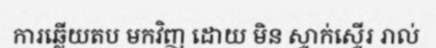
ការឆ្លើយតប មកវិញ ដោយ មិន ស្ទាក់ស្ទើរ រាល់